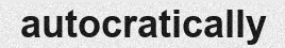
autocratically